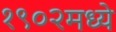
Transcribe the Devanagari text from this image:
१९०२मध्ये